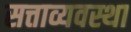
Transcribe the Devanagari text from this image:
सत्ताव्यवस्था